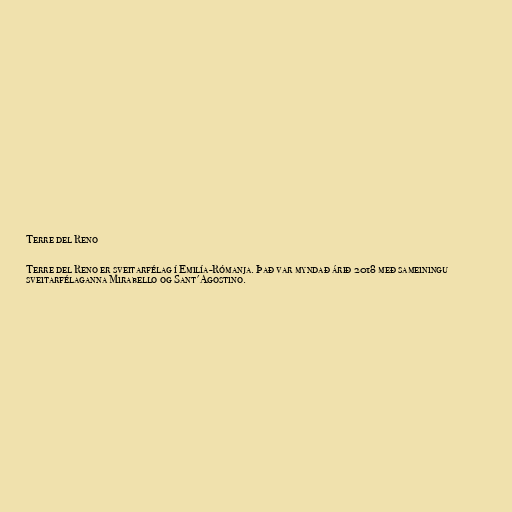
Terre del Reno

Terre del Reno er sveitarfélag í Emilía-Rómanja. Það var myndað árið 2018 með sameiningu
sveitarfélaganna Mirabello og Sant'Agostino.